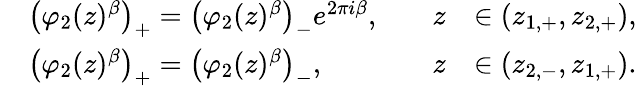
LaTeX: \begin{array}{rlrl}&{\left(\varphi_{2}(z)^{{\beta}}\right)_{+}=\left(\varphi_{2}(z)^{{\beta}}\right)_{-}e^{2\pi i{\beta}},\quad}&{z}&{\in(z_{1,+},z_{2,+}),}\\ &{\left(\varphi_{2}(z)^{{\beta}}\right)_{+}=\left(\varphi_{2}(z)^{{\beta}}\right)_{-},\quad}&{z}&{\in(z_{2,-},z_{1,+}).}\end{array}